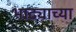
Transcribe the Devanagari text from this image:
भाट्याच्या